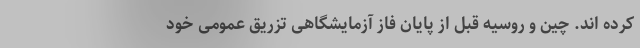
کرده اند. چین و روسیه قبل از پایان فاز آزمایشگاهی تزریق عمومی خود